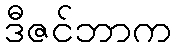
ဒီဇင်ဘာက